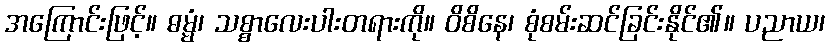
အကြောင်းဖြင့်။ ဓမ္မံ၊ သစ္စာလေးပါးတရားကို။ ဝိစိနေ၊ စုံစမ်းဆင်ခြင်းနိုင်၏။ ပညာယ၊